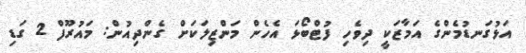
އަޅުގަނޑުމެންގެ އަމާޒަކީ ދިވެހި ފުޓްބޯޅަ އެހެން މަންޒިލަކަށް ގެންދިއުން: މައުރޫފް 2 ގަޑި